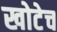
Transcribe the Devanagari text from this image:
खोटेच